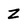
Character: Z